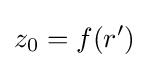
z_{0}=f(r')